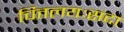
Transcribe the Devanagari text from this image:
चित्तलयःसदा